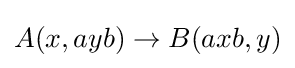
A(x,ayb)\to B(axb,y)